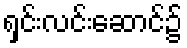
ရှင်းလင်းဆောင်၌